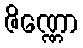
ဇိဏ္ဏော